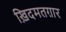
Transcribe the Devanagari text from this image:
ख़िदमतग़ार